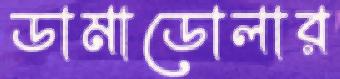
ডামাডোলার